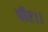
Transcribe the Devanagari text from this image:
पीर।।